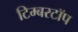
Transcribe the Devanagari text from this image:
टिम्बरटॉप